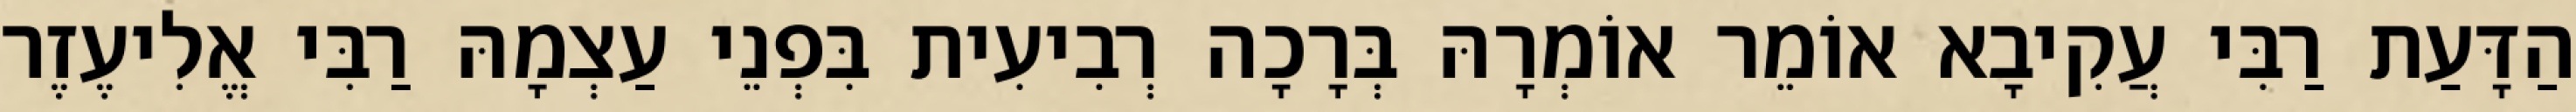
הַדָּעַת רַבִּי עֲקִיבָא אוֹמֵר אוֹמְרָהּ בְּרָכָה רְבִיעִית בִּפְנֵי עַצְמָהּ רַבִּי אֱלִיעֶזֶר